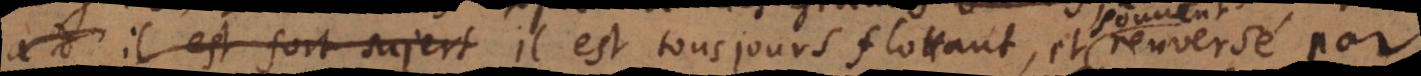
il est fort sujet il est tousjours flottant, et renversé par